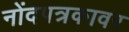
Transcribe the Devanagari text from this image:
नोंदपत्रकावर